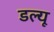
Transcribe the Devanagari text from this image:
डल्यू